Plague in India, 1896, 1897 - Volume 1
Year: 1896
Disease focus: Plague
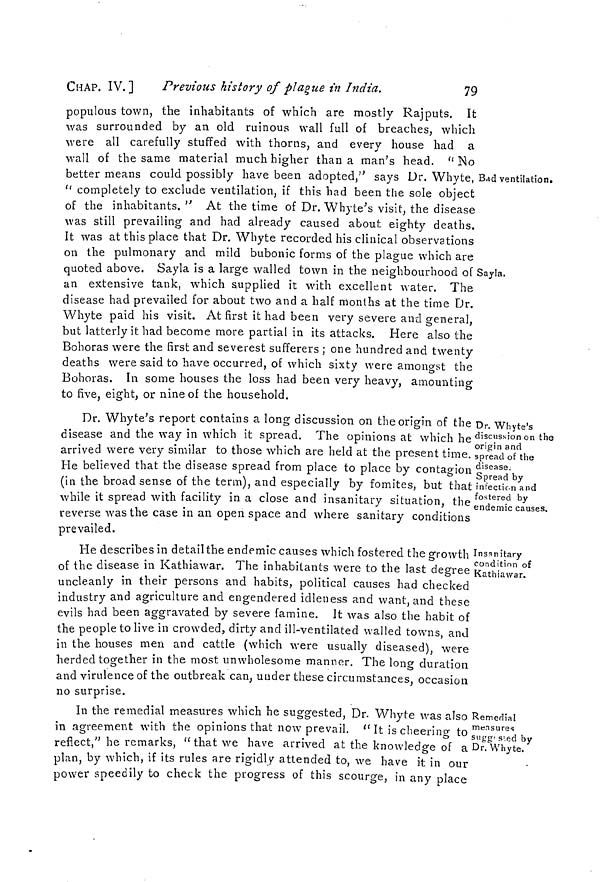
CHAP. IV.]
Previous history of plague in India,
79
Bad ventilation.
Sayla.
populous town, the inhabitants of which are mostly Rajputs. It
was surrounded by an old ruinous wall full of breaches, which
were all carefully stuffed with thorns, and every house had a
wall of the same material much higher than a man's head. " No
better means could possibly have been adopted," says Dr. Whyte,
" completely to exclude ventilation, if this had been the sole object
of the inhabitants. " At the time of Dr. Whyte's visit, the disease
was still prevailing and had already caused about eighty deaths.
It was at this place that Dr. Whyte recorded his clinical observations
on the pulmonary and mild bubonic forms of the plague which are
quoted above. Sayla is a large walled town in the neighbourhood of
an extensive tank, which supplied it with excellent water. The
disease had prevailed for about two and a half months at the time Dr.
Whyte paid his visit. At first it had been very severe and general,
but latterly it had become more partial in its attacks. Here also the
Bohoras were the first and severest sufferers ; one hundred and twenty
deaths were said to have occurred, of which sixty were amongst the
Bohoras. In some houses the loss had been very heavy, amounting
to five, eight, or nine of the household.
Dr. Whyte's
discussion on the
origin and
spread of the
disease.
Spread by
infection and
fostered by
endemic causes.
Dr. Whyte's report contains a long discussion on the origin of the
disease and the way in which it spread. The opinions at which he
arrived were very similar to those which are held at the present time.
He believed that the disease spread from place to place by contagion
(in the broad sense of the term), and especially by fomites, but that
while it spread with facility in a close and insanitary situation, the
reverse was the case in an open space and where sanitary conditions
prevailed.
Insanitary
condition of
Kathiawar.
He describes in detail the endemic causes which fostered the growth
of the disease in Kathiawar. The inhabitants were to the last degree
uncleanly in their persons and habits, political causes had checked
industry and agriculture and engendered idleness and want, and these
evils had been aggravated by severe famine. It was also the habit of
the people to live in crowded, dirty and ill-ventilated walled towns, and
in the houses men and cattle (which were usually diseased), were
herded together in the most unwholesome manner. The long duration
and virulence of the outbreak can, under these circumstances, occasion
no surprise.
Remedial
measures
suggested by
Dr. Whyte.
In the remedial measures which he suggested, Dr. Whyte was also
in agreement with the opinions that now prevail. " It is cheering to
reflect," he remarks, " that we have arrived at the knowledge of a
plan, by which, if its rules are rigidly attended to, we have it in our
power speedily to check the progress of this scourge, in any place